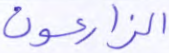
الزارعون